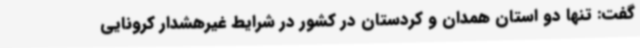
گفت: تنها دو استان همدان و کردستان در کشور در شرایط غیرهشدار کرونایی